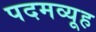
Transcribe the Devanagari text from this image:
पदमव्यूह